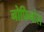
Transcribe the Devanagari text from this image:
नोफिनोल